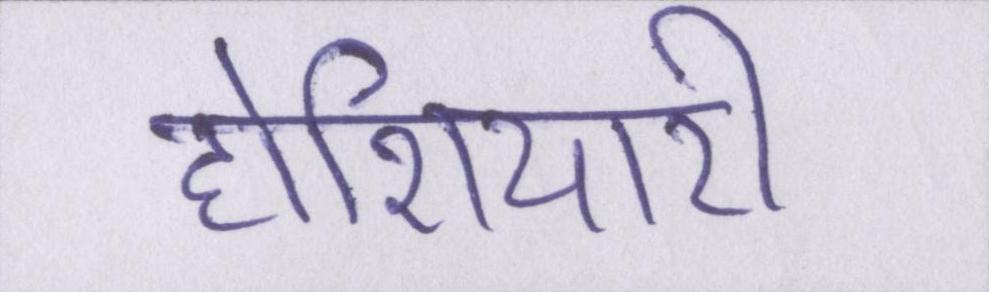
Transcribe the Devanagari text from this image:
होशियारी